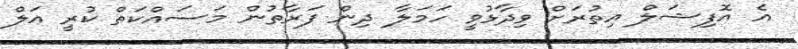
އެ އޮފިޝަލް އިތުރަށް ވިދާޅުވީ ހަމަލާ ދިން ފަރާތުން މަސައްކަތް ކުރީ އަލް